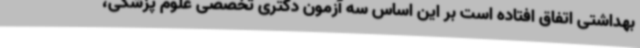
بهداشتی اتفاق افتاده است بر این اساس سه آزمون دکتری تخصصی علوم پزشکی،